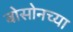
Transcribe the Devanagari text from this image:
बोसोनच्या